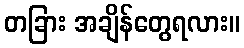
တခြား အချိန်တွေရလား။